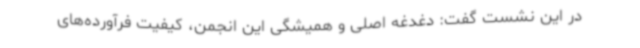
در این نشست گفت: دغدغه اصلی و همیشگی این انجمن، کیفیت فرآورده‌های